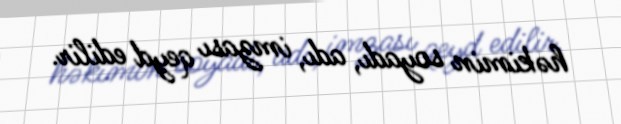
həkimin soyadı, adı, imzası qeyd edilir.